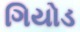
ગિયોડ